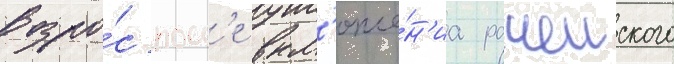
возро́с посл'е вкл'юче́н'иа рачеиского